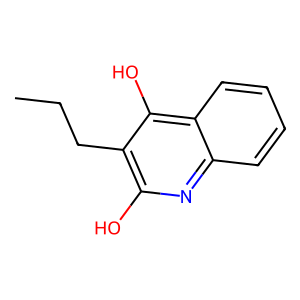
SMILES: CCCc1c(O)nc2ccccc2c1O
Inhibits HIV replication: No